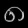
Digit: ၈